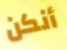
أنكن